Indian journal of veterinary science and animal husbandry - Volume 13,
Year: 1943
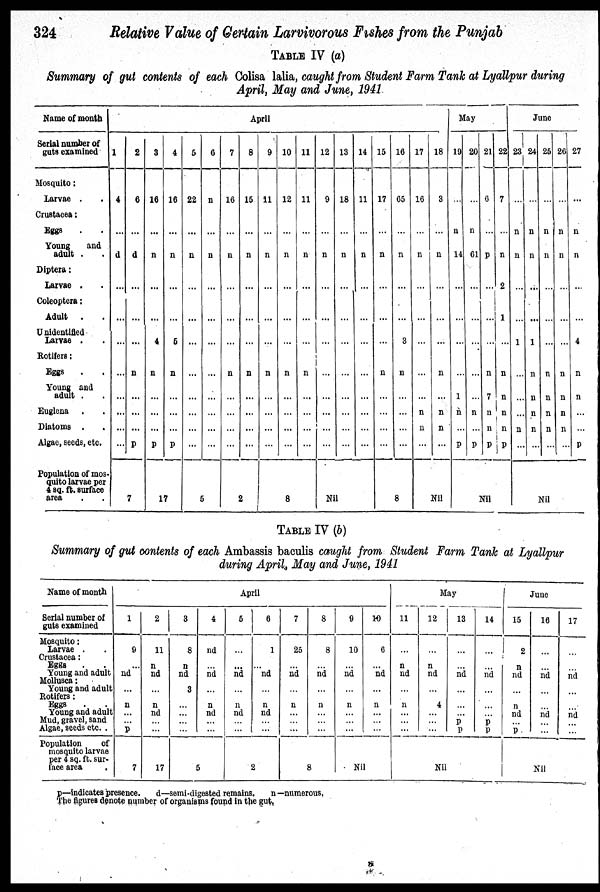
324
Relative Value of Certain Larvivorous Fishes from the Punjab
TABLE IV (a)
Summary of gut contents of each Colisa lalia, caught from Student Farm Tank at Lyallpur during
April, May and June, 1941
Name of month
Serial number of
guts examined
Mosquito:
Larvae . .
Crustacea:
Eggs . .
Young
and
adult . .
Diptera:
Larvae . .
Coleoptera:
Adult
. .
Unidentified
Larvae .
Rotifers:
Eggs . ..
Young and
adult . .
Euglena . .
Diatoms . .
Algae, seeds, etc.
Population of mos-
quito larvae per
4 sq. ft. surface
area . .
April
1
4
...
d
...
...
...
...
...
...
...
...
2
6
...
d
...
...
...
n
...
...
...
p
7
3
16
...
n
...
...
4
n
...
...
...
p
4
16
...
n
...
...
5
n
...
...
...
p
17
5
22
...
n
...
...
...
...
...
...
...
...
6
n
...
n
...
...
...
...
...
...
...
...
5
7
16
...
n
...
...
...
n
...
...
...
...
8
15
...
n
...
...
...
n
...
...
...
...
2
9
11
...
n
...
...
...
n
...
...
...
...
10
12
...
n
...
...
...
n
...
...
...
...
11
11
...
n
...
...
...
n
...
...
...
...
8
12
9
...
n
...
...
...
...
...
...
...
...
13
18
...
n
...
...
...
...
...
...
...
...
14
11
...
n
...
...
...
...
...
...
...
...
Nil
15
17
...
n
...
...
...
n
...
...
...
...
16
65
...
n
...
...
3
n
...
...
...
...
8
17
16
...
n
...
...
...
...
...
n
n
...
18
3
...
n
...
...
...
n
...
n
n
...
Nil
May
19
...
n
14
...
...
...
...
1
n
...
p
20
...
n
61
...
...
...
...
...
n
...
p
21
6
...
p
...
...
...
n
7
n
n
p
22
7
...
n
2
1
...
n
n
n
n
p
Nil
June
23
...
n
n
...
...
1
...
...
...
n
...
24
...
n
n
...
...
1
n
n
n
n
...
25
...
n
n
...
...
...
n
n
n
n
...
26
...
n
n
...
...
...
n
n
n
n
...
27
...
n
n
...
...
4
n
n
...
...
P
Nil
TABLE IV (b)
Summary of gut contents of each Ambassis baculis caught from Student Farm Tank at Lyallpur
during April, May and June, 1941
Name of month
Serial number of
guts examined
Mosquito:
Larvae. .
Crustacea:
Eggs . .
Young and adult
Mollusca:
Young and adult
Rotifers:
Eggs
.
.
Young and adult
Mud, gravel, sand
Algae, seeds etc. .
Population
of
mosquito larvae
per 4 sq. ft. sur-
face area .
April
1
9
...
nd
...
n
...
... P
7
2
11
n
nd
...
n
nd
...
...
17
3
8
n
nd
3
...
...
...
...
4
nd
...
nd
...
n
nd
...
...
5
5
..
...
nd
...
n
nd
...
...
6
1
...
nd
...
n
nd
...
...
2
7
25
...
nd
...
n
...
...
...
8
8
...
nd
...
n
...
...
...
8
9
10
...
nd
...
n
...
...
...
10
6
...
nd
...
n
...
...
...
Nil
May
11
...
n
nd
...
n
...
...
...
12
...
n
nd
...
4
...
...
...
13
...
...
nd
...
...
... p
P
14
...
...
nd
...
...
... p
p
Nil
June
15
2
n
nd
...
n nd
...
p
16
...
...
nd
...
...
nd
...
...
17
...
...
nd
...
...
nd
...
...
Nil
p—indicates presence.
d—semi-digested remains.
n—numerous.
The figures denote number of organisms found in the gut.